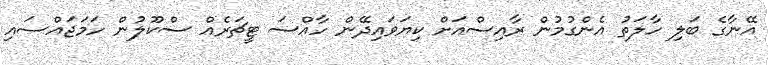
އޭނާގެ ބަލި ހާލަތު އެންގުމުން ރާއިސްއަށް ކިޔަވައިދޭން ހާއްސަ ޓީޗަރެއް ސްކޫލުން ހަމަޖައްސައި